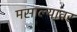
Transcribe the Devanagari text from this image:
मसाल्यावर